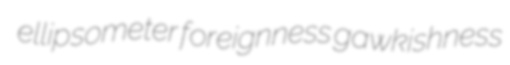
ellipsometer foreignness gawkishness